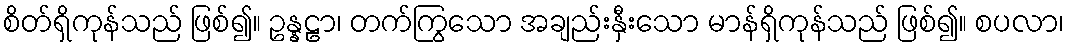
စိတ်ရှိကုန်သည် ဖြစ်၍။ ဥန္နဠာ၊ တက်ကြွသော အချည်းနှီးသော မာန်ရှိကုန်သည် ဖြစ်၍။ စပလာ၊